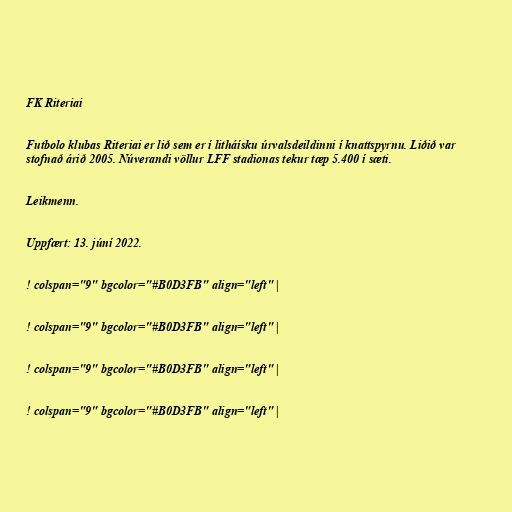
FK Riteriai

Futbolo klubas Riteriai er lið sem er í litháísku úrvalsdeildinni í knattspyrnu. Liðið var
stofnað árið 2005. Núverandi völlur LFF stadionas tekur tæp 5.400 í sæti.

Leikmenn.

Uppfært: 13. júní 2022.

! colspan="9" bgcolor="#B0D3FB" align="left" |

! colspan="9" bgcolor="#B0D3FB" align="left" |

! colspan="9" bgcolor="#B0D3FB" align="left" |

! colspan="9" bgcolor="#B0D3FB" align="left" |